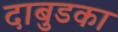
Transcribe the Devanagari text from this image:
दाबुडका